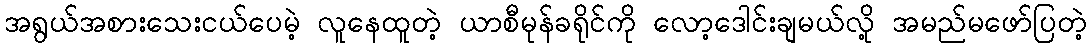
အရွယ်အစားသေးငယ်ပေမဲ့ လူနေထူတဲ့ ယာစီမုန်ခရိုင်ကို လော့ဒေါင်းချမယ်လို့ အမည်မဖော်ပြတဲ့